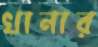
খানার